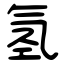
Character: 氢